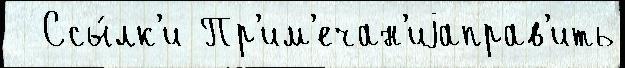
  Ссы́лк'и Пр'им'ечан'иjаправ'ить